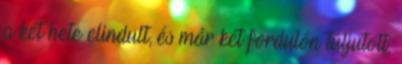
a két hete elindult, és már két fordulón túljutott,